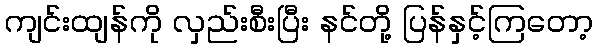
ကျင်းထျန်ကို လှည်းစီးပြီး နင်တို့ ပြန်နှင့်ကြတော့